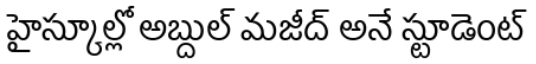
హైస్కూల్లో అబ్దుల్ మజీద్ అనే స్టూడెంట్